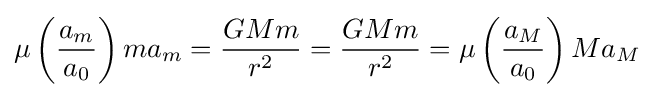
\mu \left({\frac {a_{m}}{a_{0}}}\right)ma_{m}={\frac {GMm}{r^{2}}}={\frac {GMm}{r^{2}}}=\mu \left({\frac {a_{M}}{a_{0}}}\right)Ma_{M}